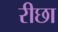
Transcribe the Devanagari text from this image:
रीछा